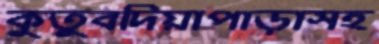
কুতুবদিয়াপাড়াসহ